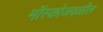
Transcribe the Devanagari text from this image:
मॉस्कोजवळील